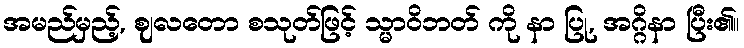
အမည်မှည့်, ဈလတော စသုတ်ဖြင့် သ္မာဝိဘတ် ကို နာ ပြု, အဂ္ဂိနာ ပြီး၏။